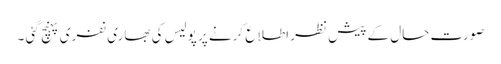
صورت حال کے پیش نظر اطلا ع کرنے پر پولیس کی بھاری نفری پہنچ گئی ۔